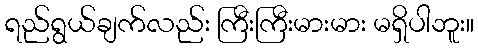
ရည်ရွယ်ချက်လည်း ကြီးကြီးမားမား မရှိပါဘူး။